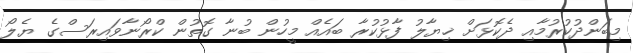
މިބަންދުކުރުމާއި ދެކޮޅަށް ޚިޔާލު ފާޅުކުރާ ބައެއް މީހުން ބުނާ ގޮތުން ކްރޯނާވައިރަސްގެ ޔެލޯ